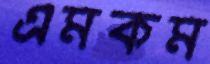
এমকম